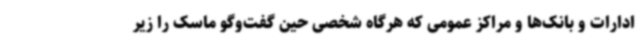
ادارات و بانک‌ها و مراکز عمومی که هرگاه شخصی حین گفت‌وگو ماسک را زیر